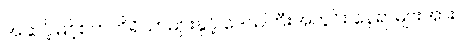
အဆင့်မြင့်စက်ကိရိယာများနှင့် ဒေသကြီးအတွင်း နေရာများအား